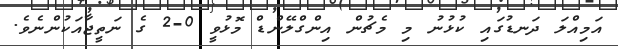
އަމިއްލަ ދަނޑުގައި ކުޅުނު މި މެޗުން އިންގްލޭންޑް މޮޅުވީ 0-2 ގެ ނަތީޖާއަކުންނެވެ.